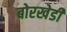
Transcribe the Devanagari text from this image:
बोरखेडी